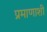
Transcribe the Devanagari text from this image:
प्रमाणाशी